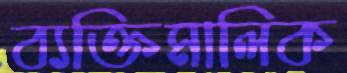
ব্যক্তিমালিক